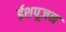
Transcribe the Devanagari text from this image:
ईशपूजन